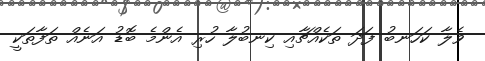
ވެލާ ކަހަނބު ފަދަ ތަކެއްޗާއި ކިނބުލާ ހުރި އެންމެ ބޮޑު އަނެއް ތަފާތަކީ